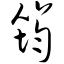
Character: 筠